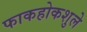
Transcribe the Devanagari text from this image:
फाकहोकशुले